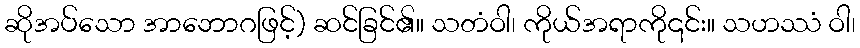
ဆိုအပ်သော အာဘောဂဖြင့်) ဆင်ခြင်၏။ သတံဝါ၊ ကိုယ်အရာကို၎င်း။ သဟဿံ ဝါ၊